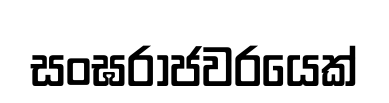
සංඝරාජවරයෙක්